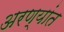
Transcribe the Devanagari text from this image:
अरण्यांत